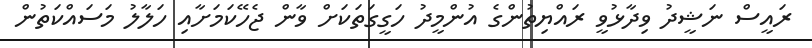
ރައީސް ނަޝީދު ވިދާޅުވީ ރައްޔިތުންގެ އުންމީދު ހަގީގަތަކަށް ވާން ޖެހޭކަމަށާއި ހަލާލު މަސައްކަތުން